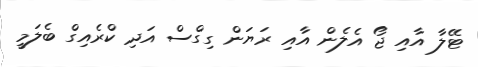
ޓޭލާ އާއި ޖޯ އެލެން އާއި ރަޔަން ގިގްސް އަދި ކްރެއިގް ބެލަމީ